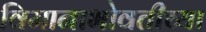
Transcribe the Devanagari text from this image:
विमानाभोवतीच्या